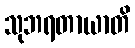
သုဘရတာယာတိ